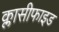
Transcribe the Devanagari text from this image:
क्लासीफाइड